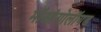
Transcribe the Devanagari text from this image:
मॉआंगोलॉयड